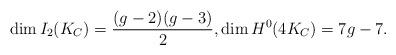
LaTeX: \begin{align*}\dim I_2(K_C)= \frac{(g-2)(g-3)}{2}, \dim H^0(4K_C)=7g-7.\end{align*}